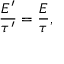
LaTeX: \frac { E ^ { \prime } } { \tau ^ { \prime } } = \frac { E } { \tau } ,